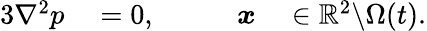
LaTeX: \begin{array}{rlrl}{{3}\nabla^{2}p}&{{}=0,\qquad}&{\boldsymbol{x}}&{{}\in\mathbb{R}^{2}\backslash\Omega(t).}\end{array}